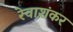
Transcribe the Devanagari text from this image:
रेवाशंकर